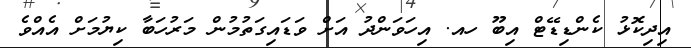
އިދިކޮޅު ކެންޑިޑޭޓް އިބޫ ހއ. އިހަވަންދު އަށް ވަޑައިގަތުމުން މަރުހަބާ ކިޔުމަށް އެއްވެ